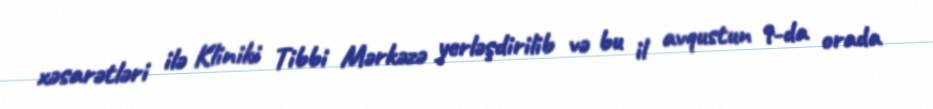
xəsarətləri ilə Kliniki Tibbi Mərkəzə yerləşdirilib və bu il avqustun 9-da orada